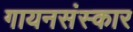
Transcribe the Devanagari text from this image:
गायनसंस्कार